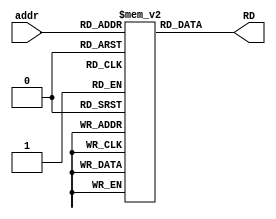
`timescale 1ns / 1ps
//////////////////////////////////////////////////////////////////////////////////
// Company: 
// Engineer: 
// 
// Design Name: 
// Module Name: insMem
// Project Name: 
// Target Devices: 
// Tool Versions: 
// Description: 
// 
// Dependencies: 
// 
// Revision:
// Revision 0.01 - File Created
// Additional Comments:
// 
//////////////////////////////////////////////////////////////////////////////////


module insMem(
    input [5:0] addr,
    output [31:0] RD
    );
    
    reg [31:0] RF[63:0];

    assign RD = RF[addr];
    initial begin
        RF[0]  = {1'b1,6'd0,6'd1,4'b0001,15'h0014}; //0x14
        RF[1]  = {1'b1,6'd0,6'd2,4'b0001,15'h000F}; //0xF
        RF[2]  = {1'b1,6'd0,6'd3,4'b0001,15'h0004}; //0x4
        RF[3]  = 32'b0;
        RF[4]  = {1'b0,6'd2,6'd4,4'b0001,6'd1,9'h0}; //0x23
        RF[5]  = {1'b1,6'd0,6'd5,4'b0010,15'h0014}; //0xFFFFFFEC
        RF[6]  = {1'b0,6'd1,6'd6,4'b0010,6'd1,9'h0};//0x0 equal
        RF[7]  = {1'b1,6'd5,6'd8,4'b0101,15'h2AAA}; //0x2AA8
        RF[8]  = {1'b0,6'd2,6'd2,4'b0101,6'd1,9'h0};//0x4
        RF[9]  = 32'b0;
        RF[10] = {1'b0,6'd4,6'd9,4'b0111,15'b0};    //0xFFFFFFDC
        RF[11] = {1'b1,6'd2,6'd9,4'b0110,15'h0001}; //0x5
        
        RF[12] = {1'b1,6'd0,6'd9,4'b1001,15'h0002}; //0x14
        RF[13] = {1'b0,6'd9,6'd2,4'b1011,15'h0};  // 0x14
        RF[14] = {1'b0,6'd0,6'd6,4'b0111,15'h0}; //0xFFFFFFFF
        RF[15] = {1'b1,6'd0,6'd1,4'b0001,15'h0002}; //0x2
        RF[16] = {1'b1,6'd0,6'd1,4'b1001,15'h001E}; //0x80000000
        RF[17] = 32'b0;
        RF[18] = {1'b0,6'd6,6'd7,4'b0001,6'd1,9'h0}; //0x7FFFFFFF overflow carry
        RF[19] = {1'b0,6'd6,6'd6,4'b0001,6'd6,9'h0}; //0xFFFFFFFE carry
        RF[20] = 32'b0;
        RF[21] = {1'b0,6'd4,6'd4,4'b0110,6'd5,9'h0}; //0xFFFFFFEF
        RF[22] = {1'b0,6'd8,6'd4,4'b1000,6'd2,9'h0}; //0x2ABC
        RF[23] = {1'b1,6'd4,6'd4,4'b1000,15'h2AAA}; //0x16
        RF[24] = {1'b1,6'd0,6'd10,4'b1011,15'h0006}; //0x6
        RF[25] = {1'b1,6'd0,6'd2,4'b1011,15'h0004}; //0x4
        RF[26] = {1'b0,6'd2,6'd10,4'b1001,15'h0}; //0x60
    end
endmodule